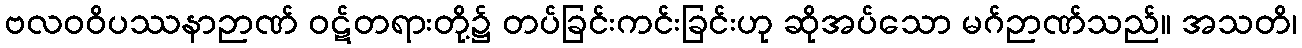
ဗလဝဝိပဿနာဉာဏ် ဝဋ်တရားတို့၌ တပ်ခြင်းကင်းခြင်းဟု ဆိုအပ်သော မဂ်ဉာဏ်သည်။ အသတိ၊